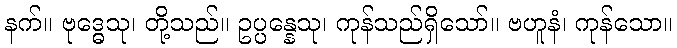
နက်။ ဗုဒ္ဓေသု၊ တို့သည်။ ဥပ္ပန္နေသု၊ ကုန်သည်ရှိသော်။ ဗဟူနံ၊ ကုန်သော။